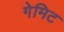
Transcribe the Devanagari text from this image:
गेमिट